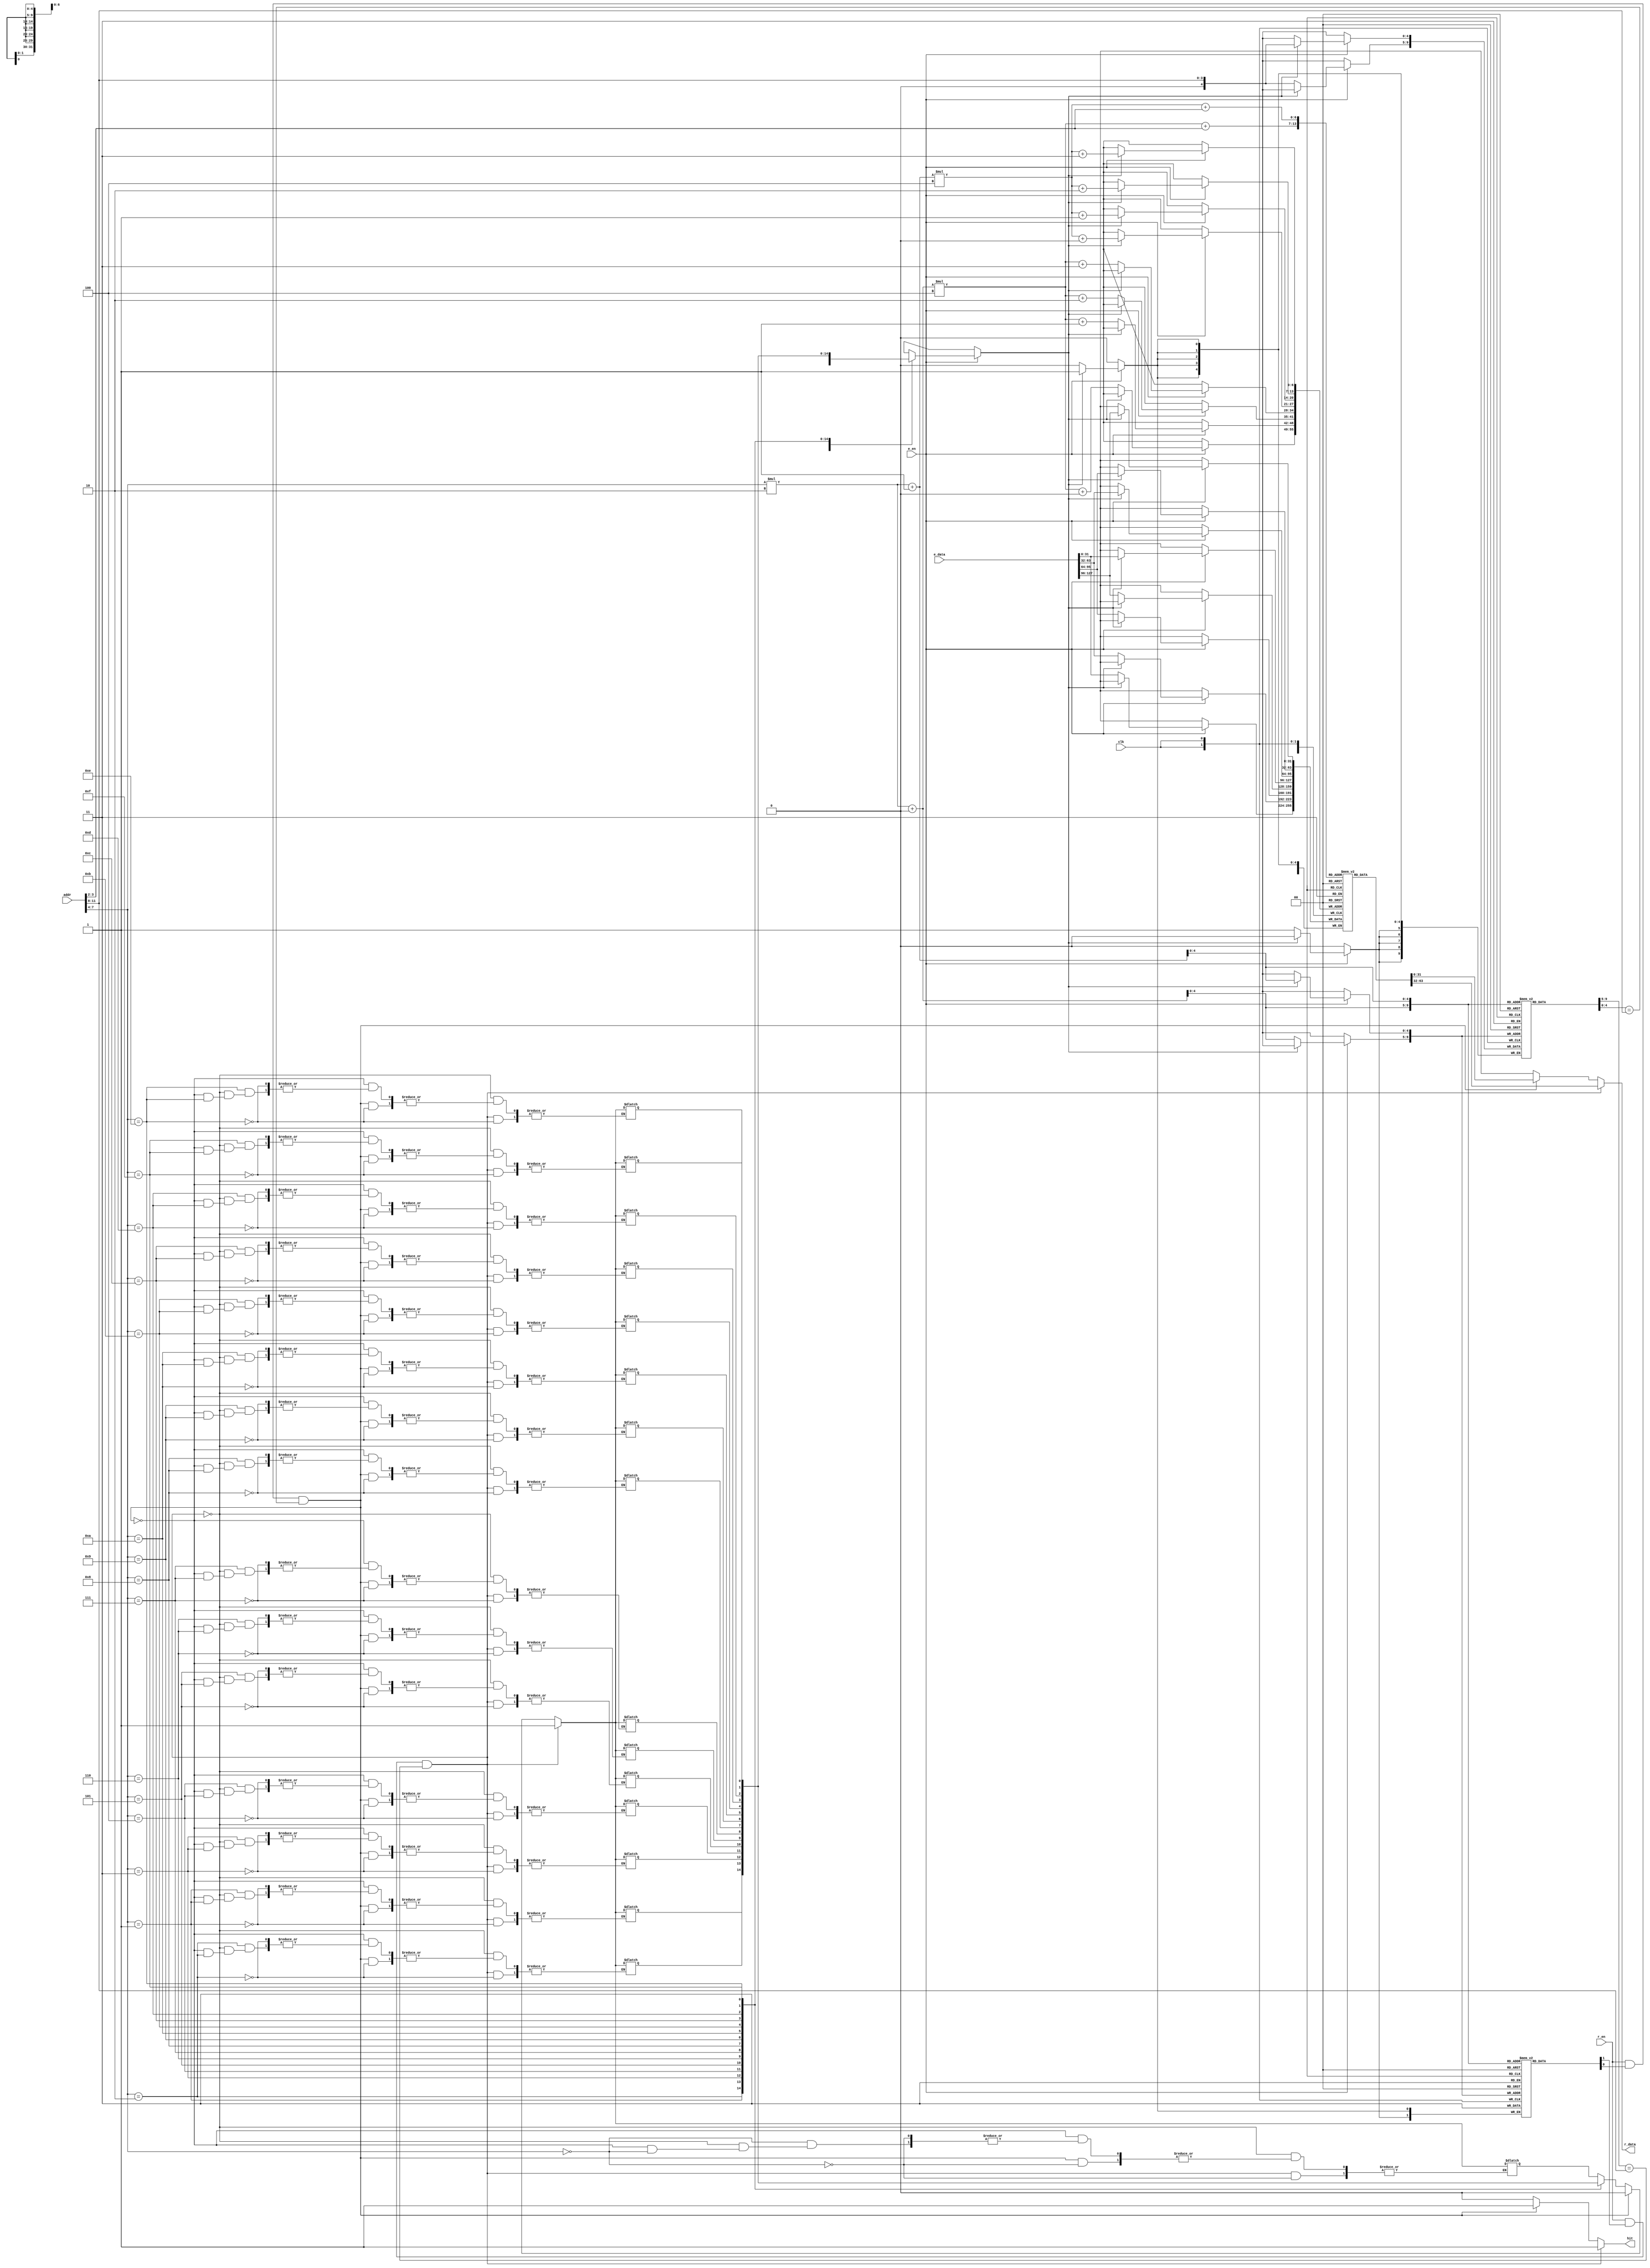
`timescale 1ns / 1ps
//////////////////////////////////////////////////////////////////////////////////
// Company: University of Arizona
// 
// Implemented for ECE462
//////////////////////////////////////////////////////////////////////////////////


module InstructionCacheMemory(
        clk,
        addr,
        r_en,
        r_data,
        e_en,
        e_data,
        hit
    );
    
    parameter ADDR_SIZE = 12;
    parameter CACHE_SETS = 16;
    parameter LINE_WORDS = 4;
    localparam SET_WAYS = 2;
    
    input clk;
    input [ADDR_SIZE-1:0] addr;
    input r_en;
    input e_en;
    input [(32*LINE_WORDS)-1:0] e_data;
    output reg [31:0] r_data;
    output reg hit;
    
    reg lru[0:CACHE_SETS-1];
    reg valid[0:CACHE_SETS-1][0:SET_WAYS-1];
    reg [4:0] tag[0:CACHE_SETS-1][0:SET_WAYS-1];
    reg [31:0] cache[0:CACHE_SETS-1][0:SET_WAYS-1][0:LINE_WORDS-1];
    
    // we want to make sure all blocks invalid at start (cold cache)
    integer i;
    integer k;
    initial begin
        for(i = 0; i < CACHE_SETS; i = i + 1) begin
            for(k = 0; k < SET_WAYS; k = k + 1) begin
                valid[i][k] = 1'b0;
                lru[i] = 1'b0;
            end
        end
    end
    

    // 7:4 = (($clog2(CACHE_SETS)+$clog2(LINE_WORDS)+2)-1):($clog2(LINE_WORDS)+2)
    // 8 = ($clog2(CACHE_SETS)+$clog2(LINE_WORDS)+2)
    // Read
    always @(*) begin
        if(r_en && valid[addr[(($clog2(CACHE_SETS)+$clog2(LINE_WORDS)+2)-1):($clog2(LINE_WORDS)+2)]][0] && tag[addr[(($clog2(CACHE_SETS)+$clog2(LINE_WORDS)+2)-1):($clog2(LINE_WORDS)+2)]][0] == addr[ADDR_SIZE-1:($clog2(CACHE_SETS)+$clog2(LINE_WORDS)+2)]) begin
            hit <= 1'b1;
            r_data <= cache[addr[(($clog2(CACHE_SETS)+$clog2(LINE_WORDS)+2)-1):($clog2(LINE_WORDS)+2)]][0][addr[($clog2(LINE_WORDS)+1):2]];
            lru[addr[(($clog2(CACHE_SETS)+$clog2(LINE_WORDS)+2)-1):($clog2(LINE_WORDS)+2)]] <= 1'b1;
        end
        else if(r_en && valid[addr[(($clog2(CACHE_SETS)+$clog2(LINE_WORDS)+2)-1):($clog2(LINE_WORDS)+2)]][1] && tag[addr[(($clog2(CACHE_SETS)+$clog2(LINE_WORDS)+2)-1):($clog2(LINE_WORDS)+2)]][1] == addr[ADDR_SIZE-1:($clog2(CACHE_SETS)+$clog2(LINE_WORDS)+2)]) begin
            hit <= 1'b1;
            r_data <= cache[addr[(($clog2(CACHE_SETS)+$clog2(LINE_WORDS)+2)-1):($clog2(LINE_WORDS)+2)]][1][addr[($clog2(LINE_WORDS)+1):2]];
            lru[addr[(($clog2(CACHE_SETS)+$clog2(LINE_WORDS)+2)-1):($clog2(LINE_WORDS)+2)]] <= 1'b0;
        end
        else begin
            hit <= 1'b0;
            r_data <= 32'hXXXXXXXX;
            lru[addr[(($clog2(CACHE_SETS)+$clog2(LINE_WORDS)+2)-1):($clog2(LINE_WORDS)+2)]] <= lru[addr[(($clog2(CACHE_SETS)+$clog2(LINE_WORDS)+2)-1):($clog2(LINE_WORDS)+2)]];
        end
    end
    
    integer j;
    // Evict
    always @(posedge clk) begin
        if(e_en) begin
            case(lru[addr[(($clog2(CACHE_SETS)+$clog2(LINE_WORDS)+2)-1):($clog2(LINE_WORDS)+2)]])
                1'b1: begin
                    for(j = LINE_WORDS-1; j >= 0; j = j - 1) begin
                        cache[addr[(($clog2(CACHE_SETS)+$clog2(LINE_WORDS)+2)-1):($clog2(LINE_WORDS)+2)]][1][j] <= e_data[j*32 +: 32];
                    end
                    tag[addr[(($clog2(CACHE_SETS)+$clog2(LINE_WORDS)+2)-1):($clog2(LINE_WORDS)+2)]][1] <= addr[ADDR_SIZE-1:($clog2(CACHE_SETS)+$clog2(LINE_WORDS)+2)];
                    valid[addr[(($clog2(CACHE_SETS)+$clog2(LINE_WORDS)+2)-1):($clog2(LINE_WORDS)+2)]][1] <= 1'b1;
                end
                default: begin // 1'b0
                    for(j = LINE_WORDS-1; j >= 0; j = j - 1) begin
                        cache[addr[(($clog2(CACHE_SETS)+$clog2(LINE_WORDS)+2)-1):($clog2(LINE_WORDS)+2)]][0][j] <= e_data[j*32 +: 32];
                    end
                    tag[addr[(($clog2(CACHE_SETS)+$clog2(LINE_WORDS)+2)-1):($clog2(LINE_WORDS)+2)]][0] <= addr[ADDR_SIZE-1:($clog2(CACHE_SETS)+$clog2(LINE_WORDS)+2)];
                    valid[addr[(($clog2(CACHE_SETS)+$clog2(LINE_WORDS)+2)-1):($clog2(LINE_WORDS)+2)]][0] <= 1'b1;
                end
            endcase
        end
    end
endmodule